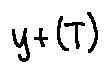
y + ( T )